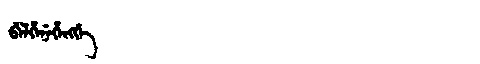
Manchu: ᠪᡝᠯᡥᡝᠨᡝᡥᡝᠩᡤᡝ
Romanization: BELHENEHENGGE